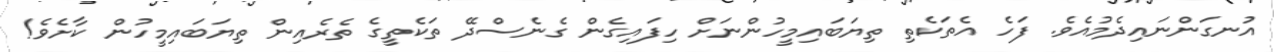
އުނގަންނައިދެމުއެވެ. ފަހެ އެތަކެތި ތިޔަބައިމީހުންނަށް ހިފައިގެން ގެނެސްދޭ ތަކެތީގެ ތެރެއިިން ތިޔަބައިމީހުން ކާށެވެ!